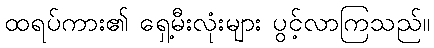
ထရပ်ကား၏ ရှေ့မီးလုံးများ ပွင့်လာကြသည်။